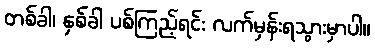
တစ်ခါ၊ နှစ်ခါ ပစ်ကြည့်ရင်း လက်မှန်းရသွားမှာပါ။